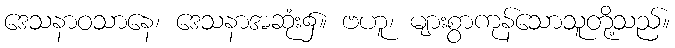
ဒေသနာဝသာနေ၊ ဒေသနာအဆုံး၌။ ဗဟူ၊ များစွာကုန်သောသူတို့သည်။